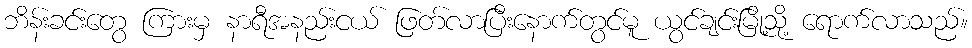
ဘိန်းခင်းတွေ ကြားမှ နာရီအနည်းငယ် ဖြတ်လာပြီးနောက်တွင်မူ ယွင်ချင်းမြို့သို့ ရောက်လာသည်။